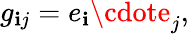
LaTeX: g_{\mathbf{i}j}=e_{\mathbf{i}}\cdote_{j},